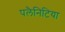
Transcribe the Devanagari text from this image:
पलैनिटिया